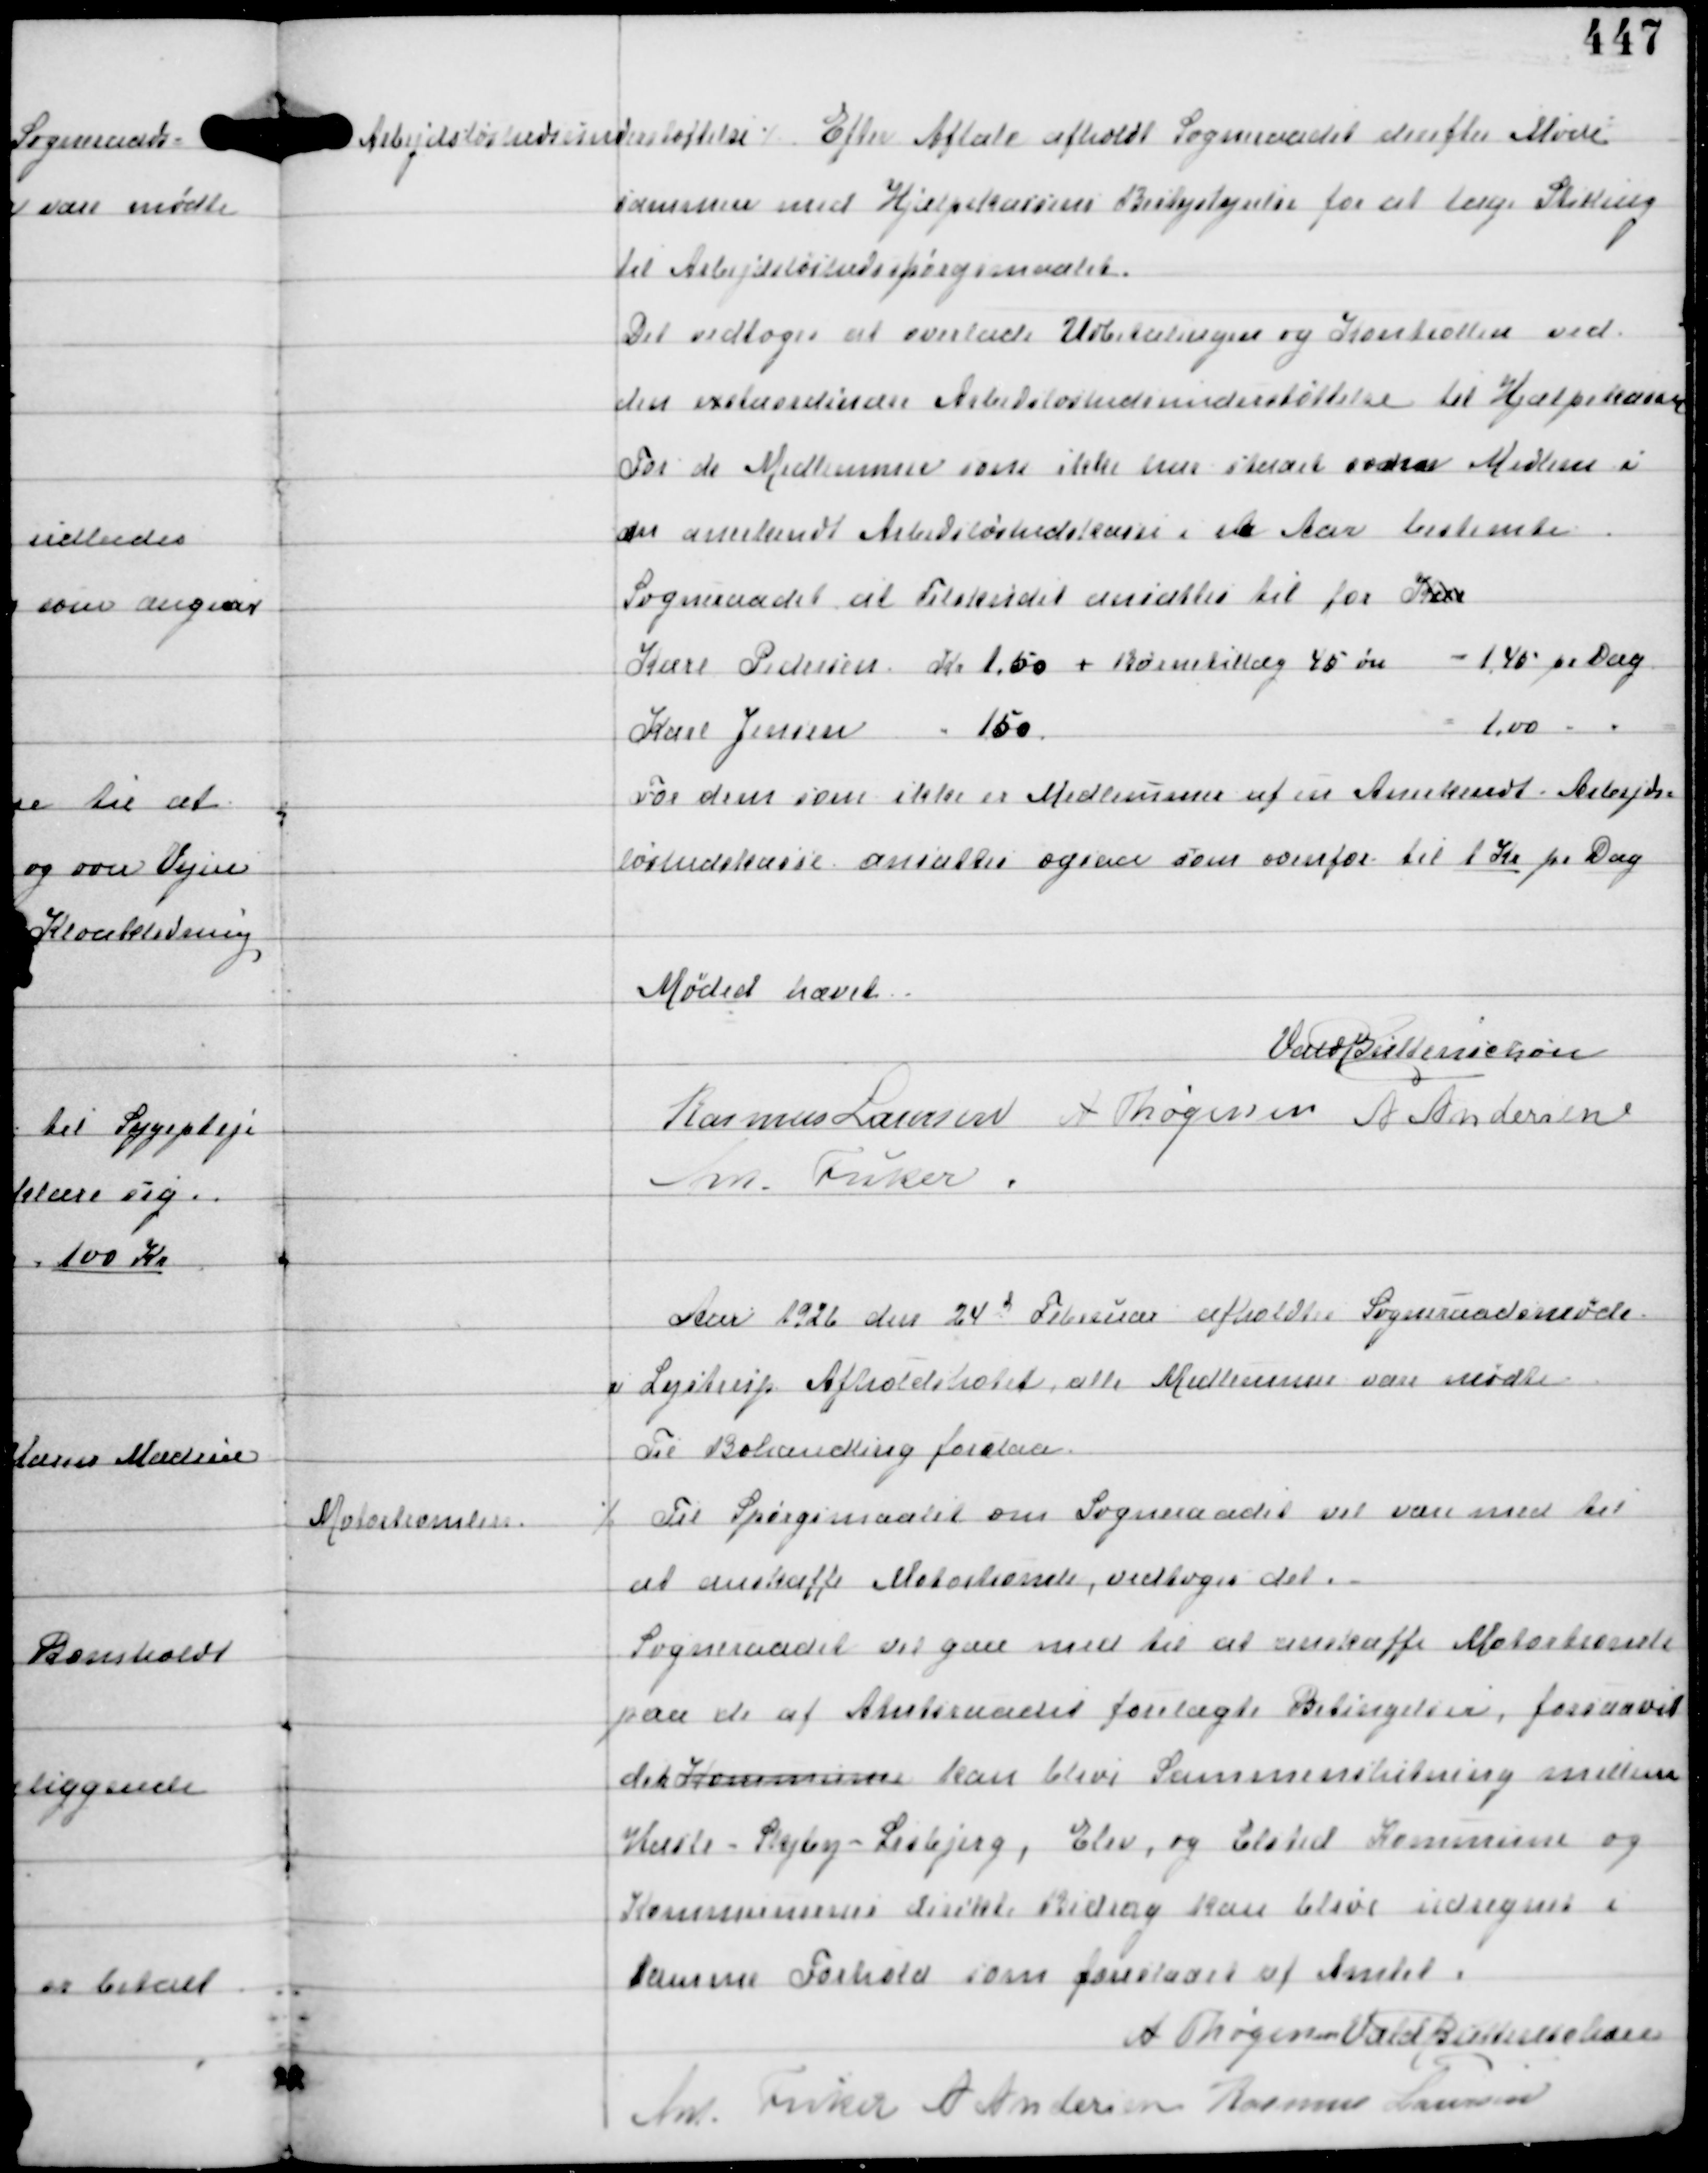
Transskription:
Arbejdsløshedsunderstøttelse

Efter Aftale med Sogneraadet derefter Møde

sammen med Hjælpekassens Bestystyrelse for at tage Stilling
til Arbejdsløshedsspørgsmaalet.
Det vedtoges at overlade Udbetalingen og Kontrollen ved
den extraordinære Arbejdsløshedsunderstøttelse til Hjælpekassen
For de Medlemmer som ikke har staaet som Medlem i
en anerkendt Arbejdsløshedkasse i Aa Aar bestemte
Sogneraadet at Tilskudet ansættes til for Kar
Karl Pedersen Kr 1,50 + Børnetillæg 45 øre = 1,45 pr Dag
Karl Jensen - 1,50
= 1,00 - -
For dem som ikke er Medlemmer af en Anerkendt Arbejds-
løshedskasse ansattes ogsaa som ovenfor til 1 Kr pr Dag

Mødet hævet
Vald Buttenschøn
Rasmus Laursen A Thøgersen A Andersen
Ant Fisker.

Aar 1926 den 24d Februar afholdtes Sogneraadsmøde
i Lystrup Afholdshotel alle Medlemmer vare mødte
Til Behandling forelaa

Motortromlen

⁒ Til Spørgsmaalet om Sogneraadet vil være med til
at anskaffe Motortromle vedtoges det.
Sogneraadet vil gerne med til at anskaffe Motortromle
paa de af Amtsraadets forelagte Betingelser, forsaavel
der Kommunen kan blive Sammenslutning mellem
Hasle - Skejby - Lisbjerg, Elev og Elsted Kommune og
Kommunernes direkte Bidrag kan blive udregnet i
samme Forhold som foreslaaet af Amtet.

A Thøgersen Vald Buttenschøn
Ant Fisker A Andersen Rasmus Laursen